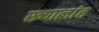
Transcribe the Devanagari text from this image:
ख्यालांत